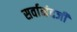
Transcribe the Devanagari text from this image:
सर्वानंदजी